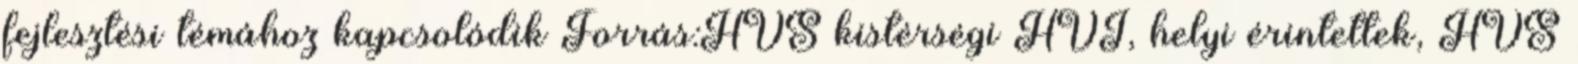
fejlesztési témához kapcsolódik Forrás:HVS kistérségi HVI, helyi érintettek, HVS